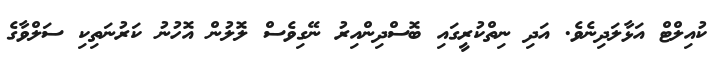
ކުއިލްޓް އަޅާލަދިނެވެ. އަދި ނިތްކުރީގައި ބޮސްދިންއިރު ނޭގިވެސް ލޮލުން އޮހުނު ކަރުނަތިކި ސަލްވާގެ